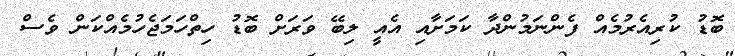
ބޮޑު ކުރިއެރުމެއް ފެންނަމުންދާ ކަމަށާއި އެއީ ލިބޭ ވަރަށް ބޮޑު ހިތްހަމަޖެހުމެއްކަން ވެސް